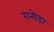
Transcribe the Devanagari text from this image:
गनोडा